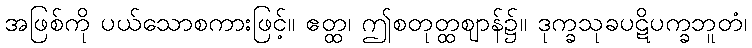
အဖြစ်ကို ပယ်သောစကားဖြင့်။ ဧတ္ထ၊ ဤစတုတ္ထဈာန်၌။ ဒုက္ခသုခပဋိပက္ခဘူတံ၊